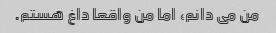
من می دانم، اما من واقعا داغ هستم.